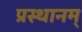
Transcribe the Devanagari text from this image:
प्रस्थानम्